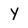
Character: Y